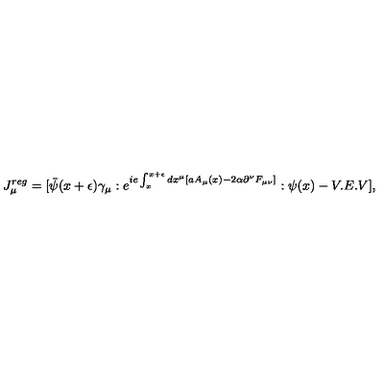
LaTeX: J _ { \mu } ^ { r e g } = [ \bar { \psi } ( x + \epsilon ) \gamma _ { \mu } : e ^ { i e \int _ { x } ^ { x + \epsilon } d x ^ { \mu } [ a A _ { \mu } ( x ) - 2 \alpha \partial ^ { \nu } F _ { \mu \nu } ] } : \psi ( x ) - V . E . V ] ,